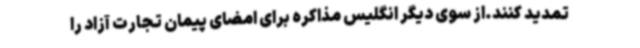
تمدید کنند.از سوی دیگر انگلیس مذاکره برای امضای پیمان تجارت آزاد را